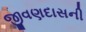
જીવણદાસની